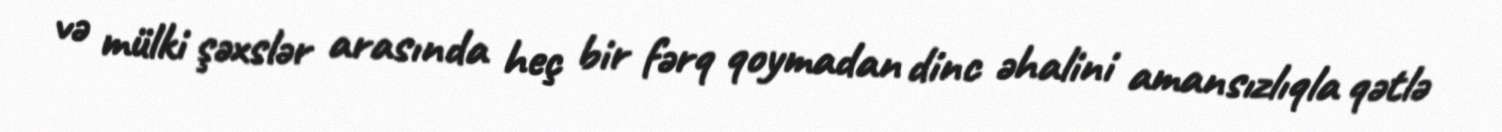
və mülki şəxslər arasında heç bir fərq qoymadan dinc əhalini amansızlıqla qətlə